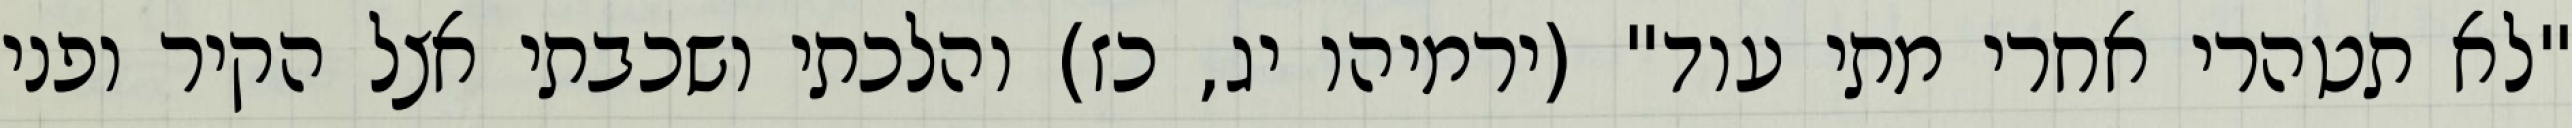
"לא תטהרי אחרי מתי עוד" (ירמיהו יג, כז) והלכתי ושכבתי אצל הקיר ופני